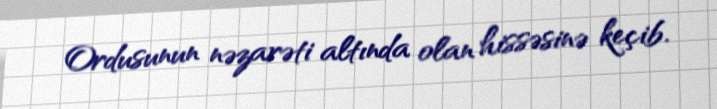
Ordusunun nəzarəti altında olan hissəsinə keçib.